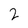
Character: 2